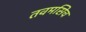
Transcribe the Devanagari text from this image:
तवमसिच